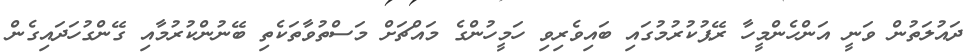
ދައުލަތުން ވަނީ އަންހެންމީހާ ރޭޕުކުރުމުގައި ބައިވެރިވި ހަމީހުންގެ މައްޗަށް މަސްތުވާތަކެތި ބޭނުންކުރުމާއި ގޭންގުހަދައިގެން